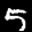
Label: 5